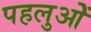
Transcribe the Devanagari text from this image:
पहलुओें